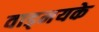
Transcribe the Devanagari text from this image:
वाड्मयके